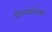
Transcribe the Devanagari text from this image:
डिसकनेक्ट